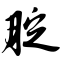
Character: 腚